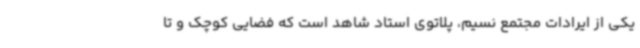
یکی از ایرادات مجتمع نسیم، پلاتوی استاد شاهد است که فضایی کوچک و تا